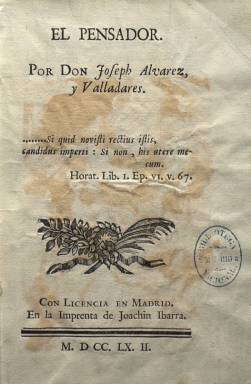
Título: El Pensador
Colección: Periódicos anteriores a 1850
Ámbito geográfico: Madrid
Lugar de publicación: Madrid
Fechas: 01/01/1762-31/12/1767

Esta publicación periódica forma parte de “la primera edad de oro de la prensa española” (1750-1770), a juicio de Paul J. Guinard (1973), y ocupa un “puesto privilegiado” entre los periódicos de la segunda mitad del XVIII dedicados a la “crítica social y de costumbres”, señala Sáiz (1996), por lo que se considera precursora del género costumbrista, alcanzando un “éxito” notable en su tiempo (Sempere y Guarinos: 1785). Su colección la integran 86 entregas, denominadas “pensamientos”, en 8º y de una treintena de páginas cada una, compuestas a una columna, que fueron estampadas en la madrileña imprenta de Joaquín Ibarra. Carecen de fecha de aparición, y el primer número debió publicarse a mediados de 1762 –algunas fuentes señalan agosto o septiembre–, y tuvo una periodicidad semanal, hasta finales de 1763. Dejó de publicarse entre 1764 y 1766, volviéndose a publicar al año siguiendo, apareciendo ahora los lunes y jueves (excepto festivos), y reduciendo sus páginas a dieciséis por entrega.

Sus primeros treces números, con paginación propia, forman el primer tomo, indicando que su autor es don Josep Álvarez y Valladares, seudónimo de José Clavijo y Fajardo (1726-1806), cuyo nombre aparece estampado en la siguiente entrega. Naturalista y hombre de letras ilustrado, además de traductor, Clavijo disfrutó del favor personal de Carlos III, llegando a ocupar cargos públicos. Contribuyó a la introducción en España de las ideas y doctrinas del enciclopedismo francés y ha llegado a ser considerado como uno de los primeros periodistas españoles (Gómez Aparicio: 1967).

El Pensador es una de las más importantes producciones periodísticas del afrancesamiento enciclopedista, junto a los también periódicos madrileños del mismo periodo El Duende especulativo… (1761), La Pensadora gaditana (1763-1764), editada también ésta en Cádiz, o El Censor (1781), que sigue la línea estilística del modelo inglés que había trazado The Spectator (1711), de Addison y Steele, con el que la publicación de Clavijo tiene muchas semejanzas. Siguiendo la línea general de El Pensador, en 1863 saldrá también El Escritor sin título, pero para criticarlo severamente, y al mismo movimiento enciclopedista se sumaría también El Mercurio de España, cuando este se haga oficial y lo dirija el propio Clavijo, entre 1774 y 1799, al tiempo que su periódico será reeditado varias veces, en Madrid y Barcelona, con el título El Pensador matritense.

Su estilo es “ágil y limpia su prosa” (Gómez Aparicio: 1967), en forma de discursos, cartas imaginarias al editor o comentarios personales del autor, y cada entrega o “pensamiento” está dedicado a un asunto propio, que Julio Trenas (1943) clasificó en bloques temáticos: satíricos y de costumbres, morales, de teatro y crítica literaria, instructivos y filológicos literarios, políticos y personales. Añade el citado Gómez Aparicio, que hace “una crítica minuciosa y correctiva a las costumbres”, introduciendo un “moralismo a la manera inglesa”, sobre los cortejos a las damas, las tertulias, la educación de las jóvenes, los bailes, la vida ociosa, la pedantería literaria y social, siendo sus más fuertes diatribas a las fiestas de los toros y el teatro.

A juicio de Nathalie Bipttoun-Debruyne (2004), “no se convertirá sólo en uno de los mejores representantes de un género que ha caracterizado el siglo XVIII, sino que además, iba a difundir muchas ideas que, por su originalidad, su pertinencia o su oportunidad, nos permiten trazar un cuadro bastante fidedigno de la sociedad de su tiempo y de los males que le aquejaban, según la perspectiva de los ilustrados”. Añade la autora, que “desde una prosa satírica, ágil y accesible, que eludía la ofensa y solamente pretendía denunciar malas costumbres y vicios seculares para buscar soluciones y proponer alternativas, su perfil de moralista con ambiciones de reforma queda perfectamente dibujado”. En algunos de sus números no se ocultarán las influencias de autores ilustrados prohibidos, como J.J. Rousseau.

Los dos primeros tomos de su colección corresponden al año 1762, iniciando sus entregas, a partir del segundo, la foliación seguida (hasta la página 434), a lo que añade, al final, una tabla o índice cada uno. A 1763 corresponden las entregas 28 a 42, que forman el tomo tercero (416 páginas, más la tabla), y de la 43 a la 52, el tomo cuarto (305 páginas). En 1767, se publican las entregas 53 a 86, formando el tomo quinto y último (234 páginas). Señala que se vendía en la Librería de los Hermanos Orcél, de la calle de la Montera de Madrid.

Además de las referencias bibliográficas ya señaladas, otra para este título es la presentación que Manuel Lobo Cabrera y Enrique Pérez Parrilla y el estudio de Yolanda Arencibia realizan en la edición facsímil de este título publicada por la Universidad de Las Palmas de Gran Canaria, en 1999, facsímil editado también, entre 1999 y 2001, por la Real Sociedad Económica de Amigos del País de Tenerife. Sebastián de la Nuez Caballero también ha elaborado una Antología de El Pensador, publicada en 1989 por el Gobierno de Canarias. El hispanista austriaco Klaus-Dieter Ertler ha estudiado este periódico, la prensa y su relación con la Ilustración en España en sus trabajos de 2003, 2004, 2005, 2006 ó 2007. También Elisabel Larriba (2003) ha analizado este periodo de la prensa española, y otros estudios se refieren a otros asuntos concretos como es el caso de Olegario Negrín Fajardo (2013), respecto a la educación de la mujer en El Pensador, de Clavijo. A estas referencias, hay que añadir los propios estudios biográficos sobre el autor, como es el caso de trabajo de Agustín Espinosa (1970).